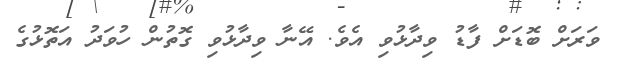
ވަރަށް ބޮޑަށް ފާޑު ވިދާޅުވި އެވެ. އޭނާ ވިދާޅުވި ގޮތުން ހުވަދު އަތޮޅުގެ